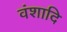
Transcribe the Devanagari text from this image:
वंशादि